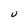
Character: U